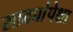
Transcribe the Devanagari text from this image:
साठ्यांपेक्षा